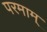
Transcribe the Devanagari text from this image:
परमाम्